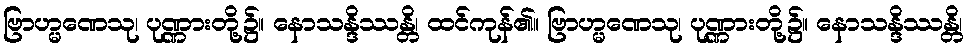
ဗြာဟ္မဏေသု၊ ပုဏ္ဏားတို့၌။ နောသန္ဒိဿန္တိ၊ ထင်ကုန်၏။ ဗြာဟ္မဏေသု၊ ပုဏ္ဏားတို့၌။ နောသန္ဒိဿန္တိ၊